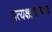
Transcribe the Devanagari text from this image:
प्रत्यक्षज्ञानवाद